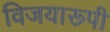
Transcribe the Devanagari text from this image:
विजयारूपी